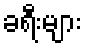
ခရီးများ